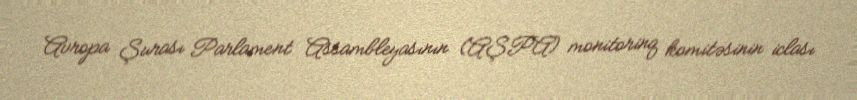
Avropa Şurası Parlament Assambleyasının (AŞPA) monitorinq komitəsinin iclası